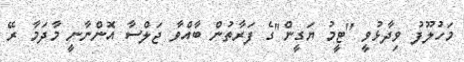
މަހުލޫފު ވިދާޅުވީ "ޓީމު ޔަގީން"ގެ ފަރާތުން ބާއްވާ ޖަލްސާ އޮންނާނީ މާދަމާ ރޭ